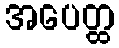
အပေတ္ထ